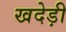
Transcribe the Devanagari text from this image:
खदेड़ी